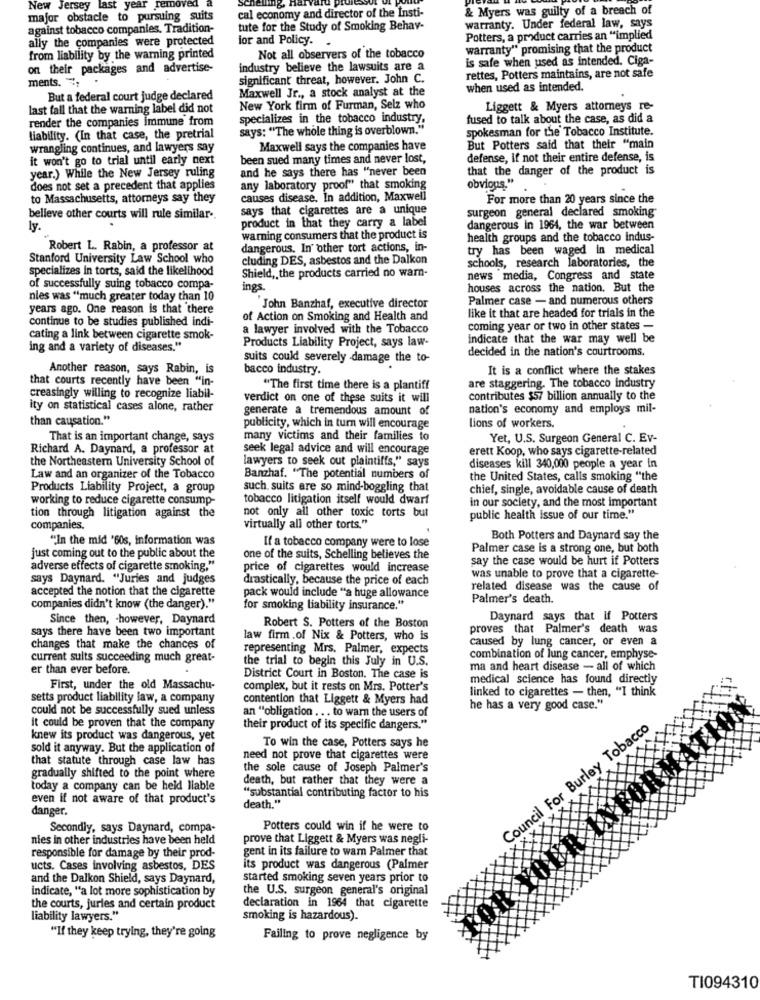
New Jersey last year removed
cal economy and director of the Insti-
& Myers was guilty of a breach of
major obstacle to pursuing suits
against tobacco companies. Tradition-
tute for the Study of Smoking Behav-
warranty. Under federal law, says
ally the companies were protected
ior and Policy.
Potters, a product carries an "implied
warranty" promising that the product
from liability by the warning printed
Not all observers of the tobacco
is safe when used as intended. Ciga-
on their packages and advertise-
industry believe the lawsuits are a
ments .,
significant threat, however. John C.
rettes, Potters maintains, are not safe
Maxwell Jr ., a stock analyst at the
when used as intended.
But a federal court judge declared
last fall that the warning label did not
New York firm of Furman, Selz who
Liggett & Myers attorneys re-
render the companies immune from
specializes in the tobacco industry,
fused to talk about the case, as did a
says: "The whole thing is overblown."
spokesman for the Tobacco Institute.
liability. (In that case, the pretrial
wrangling continues, and lawyers say
Maxwell says the companies have
But Potters said that their "main
it won't go to trial until early next
been sued many times and never lost,
defense, if not their entire defense, is
and he says there has "never been
that the danger of the product is
year.) While the New Jersey ruling
does not set a precedent that applies
any laboratory proof" that smoking
obvious."
to Massachusetts, attorneys say they
causes disease. In addition, Maxwell
For more than 20 years since the
says that cigarettes are a unique
belleve other courts will rule similar ..
product in that they carry a label
surgeon general declared smoking
ly.
dangerous in 1964, the war between
warning consumers that the product is
health groups and the tobacco Indus-
Robert L. Rabin, a professor at
dangerous. In other tort actions, in-
try has been waged in medical
Stanford University Law School who
cluding DES, asbestos and the Dalkon
schools, research laboratories, the
specializes in torts, said the likelihood
Shield ,, the products carried no war-
news media, Congress and state
of successfully suing tobacco compa-
ings.
houses across the nation. But the
nies was "much greater today than 10
Palmer case - and numerous others
years ago. One reason is that there
John Banzhaf, executive director
like it that are headed for trials in the
continue to be studies published indi-
of Action on Smoking and Health and
a lawyer involved with the Tobacco
coming year or two in other states -
cating a link between cigarette smok-
Products Liability Project, says law-
indicate that the war may well be
ing and a variety of diseases."
decided in the nation's courtrooms.
suits could severely damage the to-
Another reason, says Rabin, is
bacco industry.
It is a conflict where the stakes
that courts recently have been "in-
are staggering. The tobacco industry
"The first time there is a plantiff
creasingly willing to recognize liabil-
verdict on one of these suits it will
contributes $57 billion annually to the
ity on statistical cases alone, rather
generate a tremendous amount of
nation's economy and employs mil-
than causation."
lions of workers.
publicity, which in turn will encourage
That is an important change, says
many victims and their families to
Yet, U.S. Surgeon General C. Ev-
Richard A. Daynard, a professor at
seek legal advice and will encourage
erett Koop, who says cigarette-related
the Northeastern University School of
lawyers to seek out plaintiffs," says
diseases kill 340,000 people a year in
Law and an organizer of the Tobacco
Banzhaf. "The potential numbers of
the United States, calls smoking "the
Products Liability Project, a group
such. suits are so mind-boggling that
chief, single, avoidable cause of death
working to reduce cigarette consump-
tobacco litigation itself would dwarf
in our society, and the most important
tion through litigation against the
not only all other toxic torts but
public health issue of our time."
companies.
virtually all other torts."
""In the mid '60s, information was
Both Potters and Daynard say the
If a tobacco company were to lose
Palmer case is a strong one, but both
just coming out to the public about the
one of the suits, Schelling believes the
say the case would be hurt if Potters
adverse effects of cigarette smoking."
price of cigarettes would increase
says Daynard. "Juries and judges
drastically, because the price of each
was unable to prove that a cigarette-
accepted the notion that the cigarette
related disease was the cause of
pack would include "a huge allowance
Palmer's death.
companies didn't know (the danger)."
for smoking liability insurance."
Since then, - however, Daynard
Daynard says that If Potters
says there have been two important
Robert S. Potters of the Boston
proves that Palmer's death was
law firm .of Nix & Potters, who is
caused by lung cancer, or even a
changes that make the chances of
representing Mrs. Palmer, expects
current suits succeeding much great-
the trial to begin this July in U.S.
combination of lung cancer, emphyse-
er than ever before.
ma and heart disease - all of which
District Court in Boston. The case is
medical science has found directly
First, under the old Massachu-
complex, but it rests on Mrs. Potter's
linked to cigarettes - then, "I think
setts product liability law, a company
contention that Liggett & Myers had
could not be successfully sued unless
an "obligation ... to warn the users of
he has a very good case."
it could be proven that the company
their product of its specific dangers."
Council For Burley Tobacco
knew its product was dangerous, yet
To win the case, Potters says he
sold it anyway. But the application of
that statute through case law has
need not prove that cigarettes were
the sole cause of Joseph Palmer's
gradually shifted to the point where
death, but rather that they were a
today a company can be held liable
even if not aware of that product's
death."
"substantial contributing factor to his
danger.
Secondly, says Daynard, compa-
Potters could win if he were to
nies in other industries have been held
prove that Liggett & Myers was negli-
gent in its failure to warn Palmer that
responsible for damage by their prod-
ucts. Cases involving asbestos, DES
its product was dangerous (Palmer
and the Dalkon Shield, says Daynard,
started smoking seven years prior to
indicate, "a lot more sophistication by
the U.S. surgeon general's original
the courts, juries and certain product
declaration in 1964 that cigarette
liability lawyers."
smoking is hazardous).
"If they keep trying, they're going
Failing to prove negligence by
TI094310